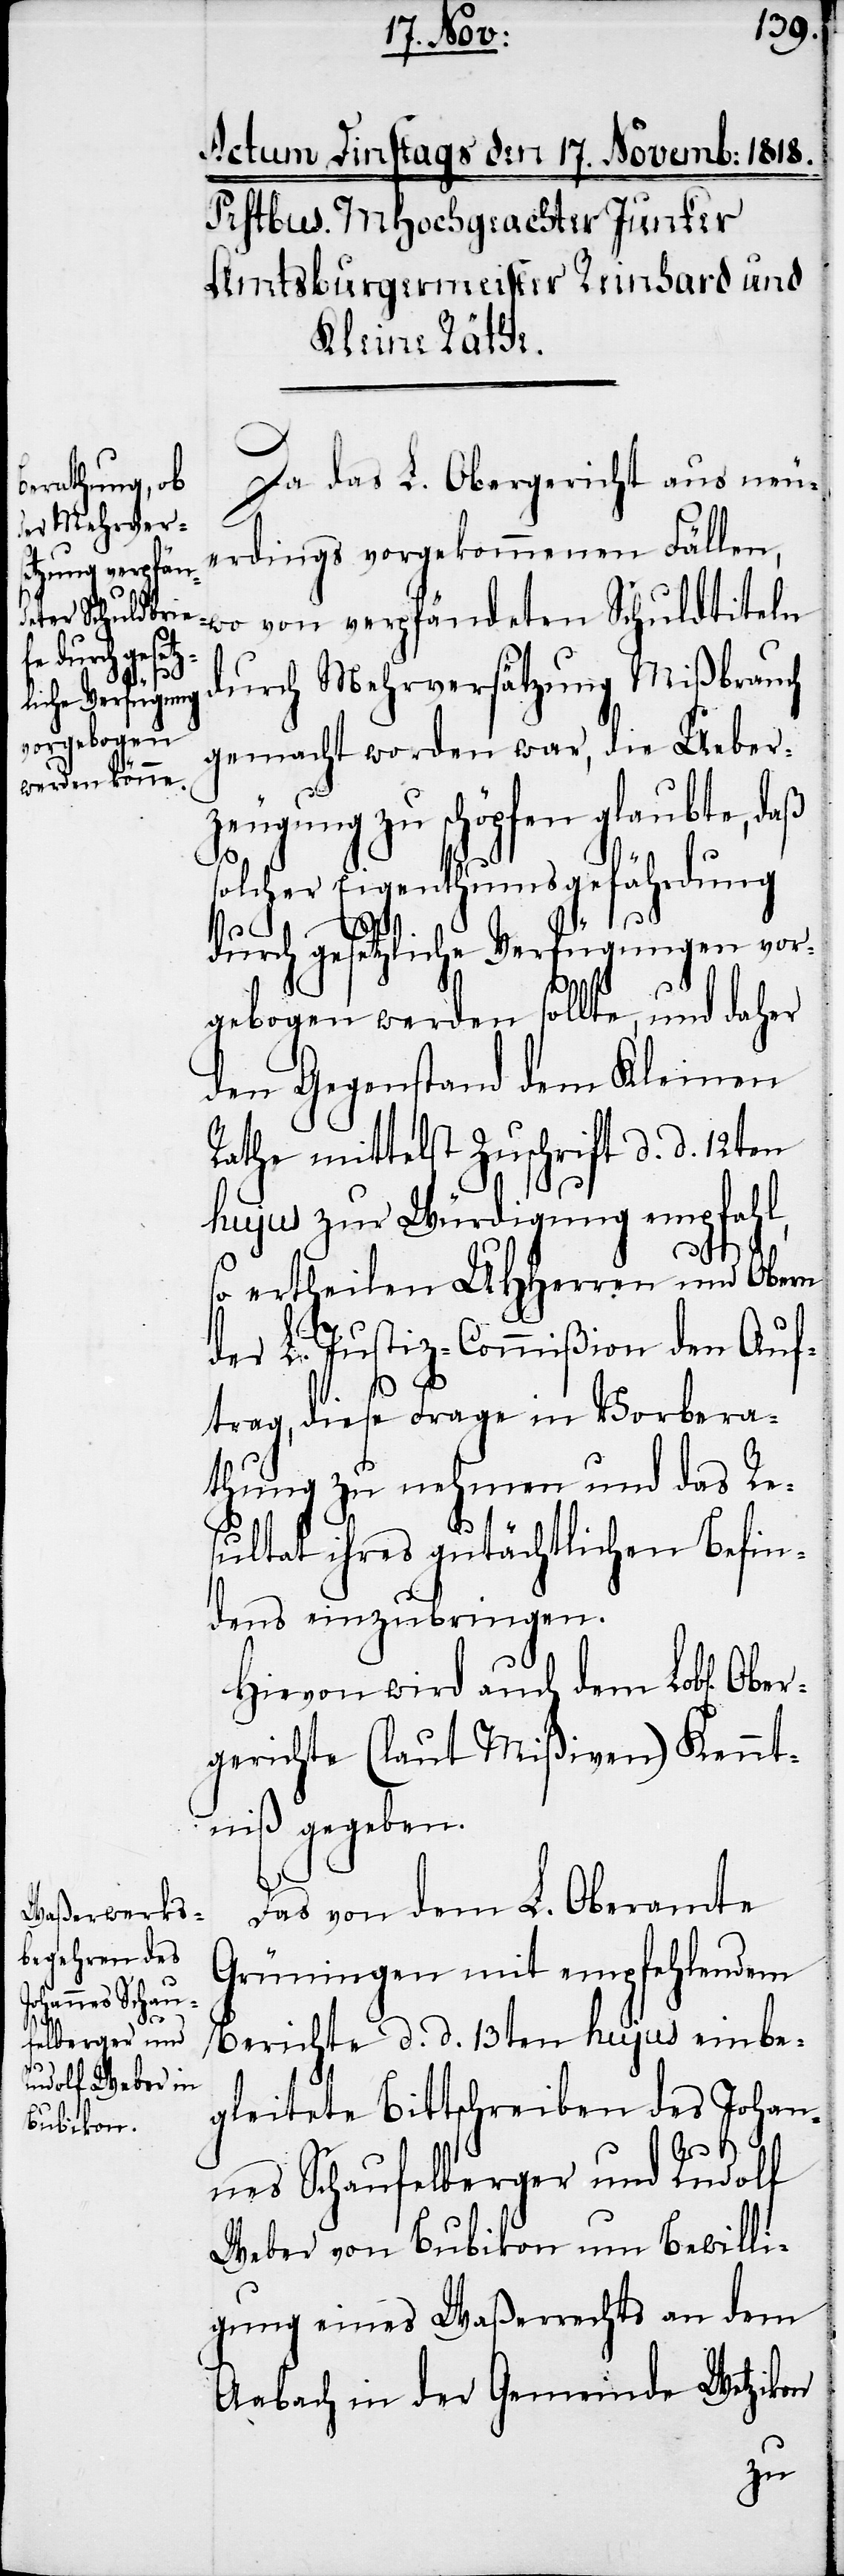
Da das L. Obergericht aus neu¬
erdings vorgekommenen Fällen,
durch Mehrversätzung Mißbrauch
gemacht worden war, die Ueber¬
zeugung zu schöpfen glaubte, daß
solcher Eigenthumsgefährdung
durch gesetzliche Verfügungen vor¬
gebogen werden solle, und daher
den Gegenstand dem Kleinen
Rathe mittelst Zuschrift d. d. 12ten
hujus zur Würdigung empfahl,
so ertheilen UHHerren und Obern
der L. Justiz-Commißion den Auf¬
trag, diese Frage in Vorbera¬
thung zu nehmen und das Re¬
sultat ihres gutächtlichen Befin¬
dens einzubringen.
Hievon wird auch dem Lob[lichen]
gerichte (laut Mißiven) Kennt¬
niß gegeben.
Das von dem L. Oberamte
Grüningen mit empfehlendem
Berichte d. d. 13ten hujus einbe¬
Ober¬
gleitete Bittschreiben des Johan¬
nes Schaufelberger und Rudolf
Weber von Bubikon um Bewilli¬
gung eines Waßerrechts an dem
Aabach in der Gemeinde Wetzikon